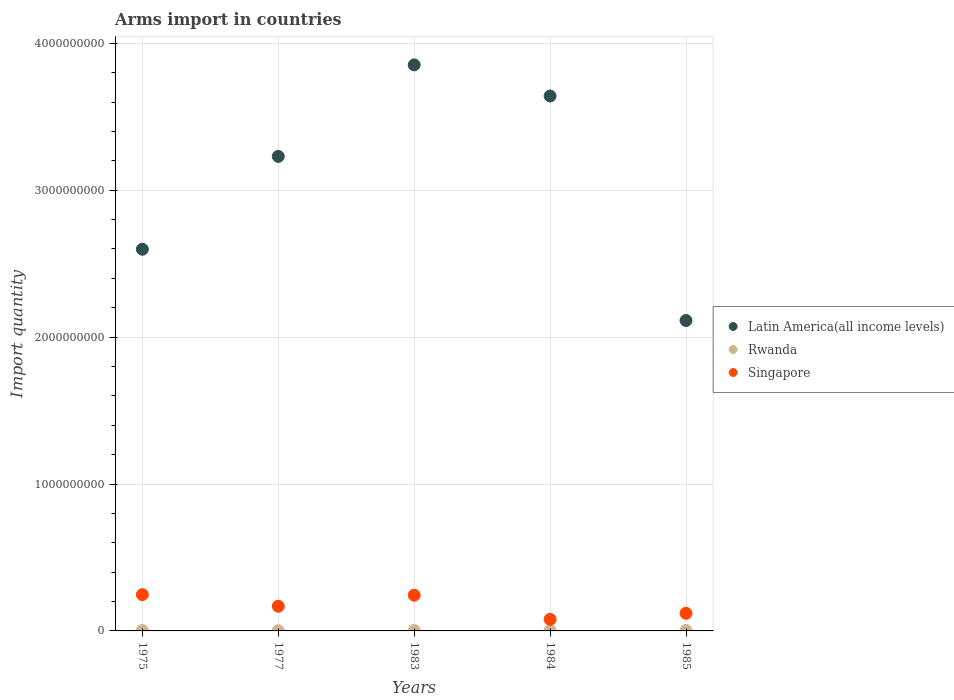
| Years | Latin America(all income levels) | Rwanda | Singapore |
 | --- | --- | --- | --- |
 | 1975 | 2.6e+09 | 3e+06 | 2.47e+08 |
 | 1977 | 3.23e+09 | 1e+06 | 1.68e+08 |
 | 1983 | 3.85e+09 | 3e+06 | 2.43e+08 |
 | 1984 | 3.64e+09 | 3e+06 | 7.9e+07 |
 | 1985 | 2.11e+09 | 3e+06 | 1.2e+08 |